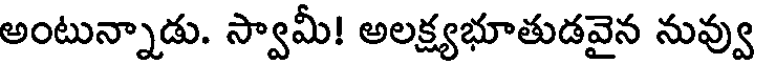
అంటున్నాడు. స్వామీ! అలక్ష్యభూతుడవైన నువ్వు